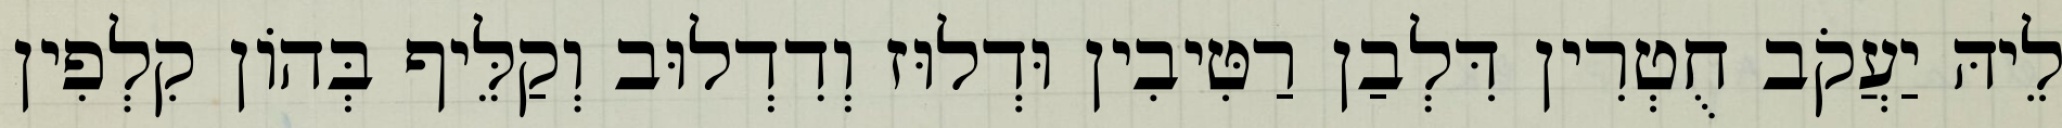
לֵיהּ יַעֲקֹב חֻטְרִין דִּלְבַן רַטִּיבִין וּדְלוּז וְדִדְלוּב וְקַלֵּיף בְּהוֹן קִלְפִין